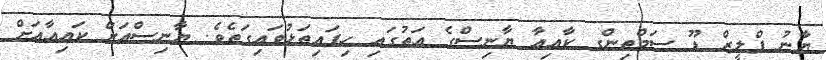
ޔާނު ޕްލީޒް ޑޫ ސަމްތިންގ ކާއިއާ ޔާނިސްގެ އަތުގައި ހިފައިތަޅުވައިގަތެވެ. ޔާނިސްއަށް ކައިއާއަށް